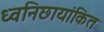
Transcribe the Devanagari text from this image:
ध्वनिछायांकित